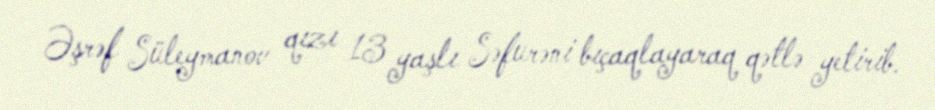
Əşrəf Süleymanov qızı 13 yaşlı Səfurəni bıçaqlayaraq qətlə yetirib.